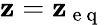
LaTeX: \mathbf{z}=\mathbf{z}_{\mathrm{{~e~q~}}}